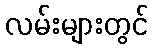
လမ်းများတွင်